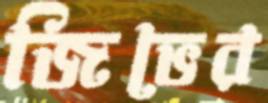
জিভের